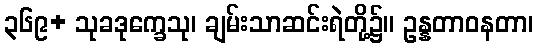
၃၆၉+ သုခဒုက္ခေသု၊ ချမ်းသာဆင်းရဲတို့၌။ ဥန္နတာဝနတာ၊